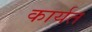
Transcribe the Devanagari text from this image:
कार्यत